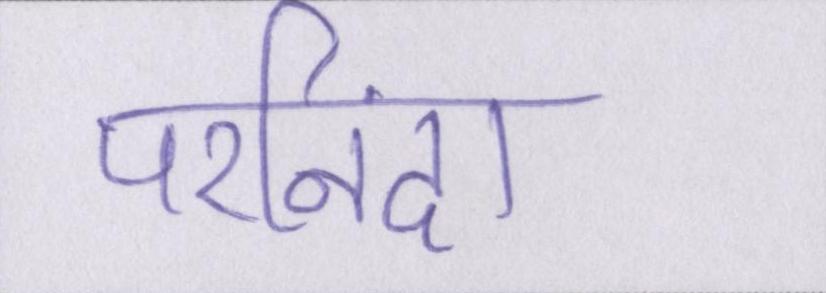
परनिंदा